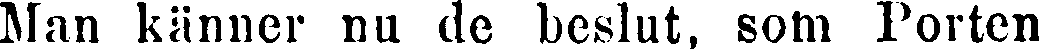
Man känner nu de beslut, som Porten